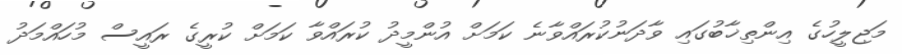
މަޖިލީހުގެ އިންތިޚާބުގައި ވާދަނުކުރައްވާނެ ކަމަށް އުންމީދު ކުރައްވާ ކަމަށް ކުރީގެ ރައީސް މުހައްމަދު